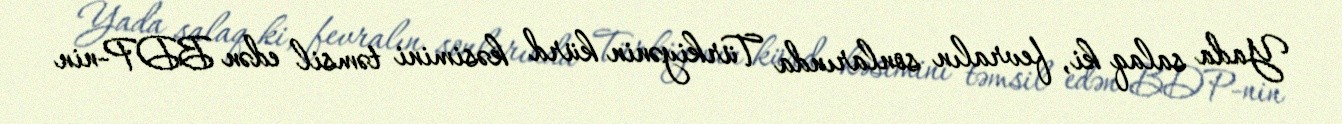
Yada salaq ki, fevralın sonlarında Türkiyənin kürd kəsimini təmsil edən BDP-nin